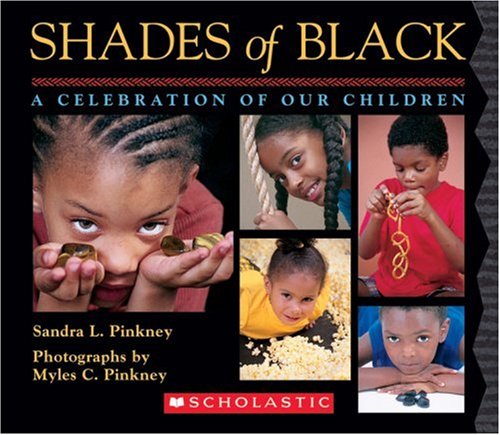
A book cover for Shades of Black: A Celebration of Our Children; Sandra L. Pinkney; Children's Books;